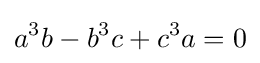
a^{3}b-b^{3}c+c^{3}a=0